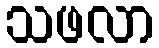
သဖလာ